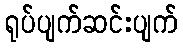
ရုပ်ပျက်ဆင်းပျက်